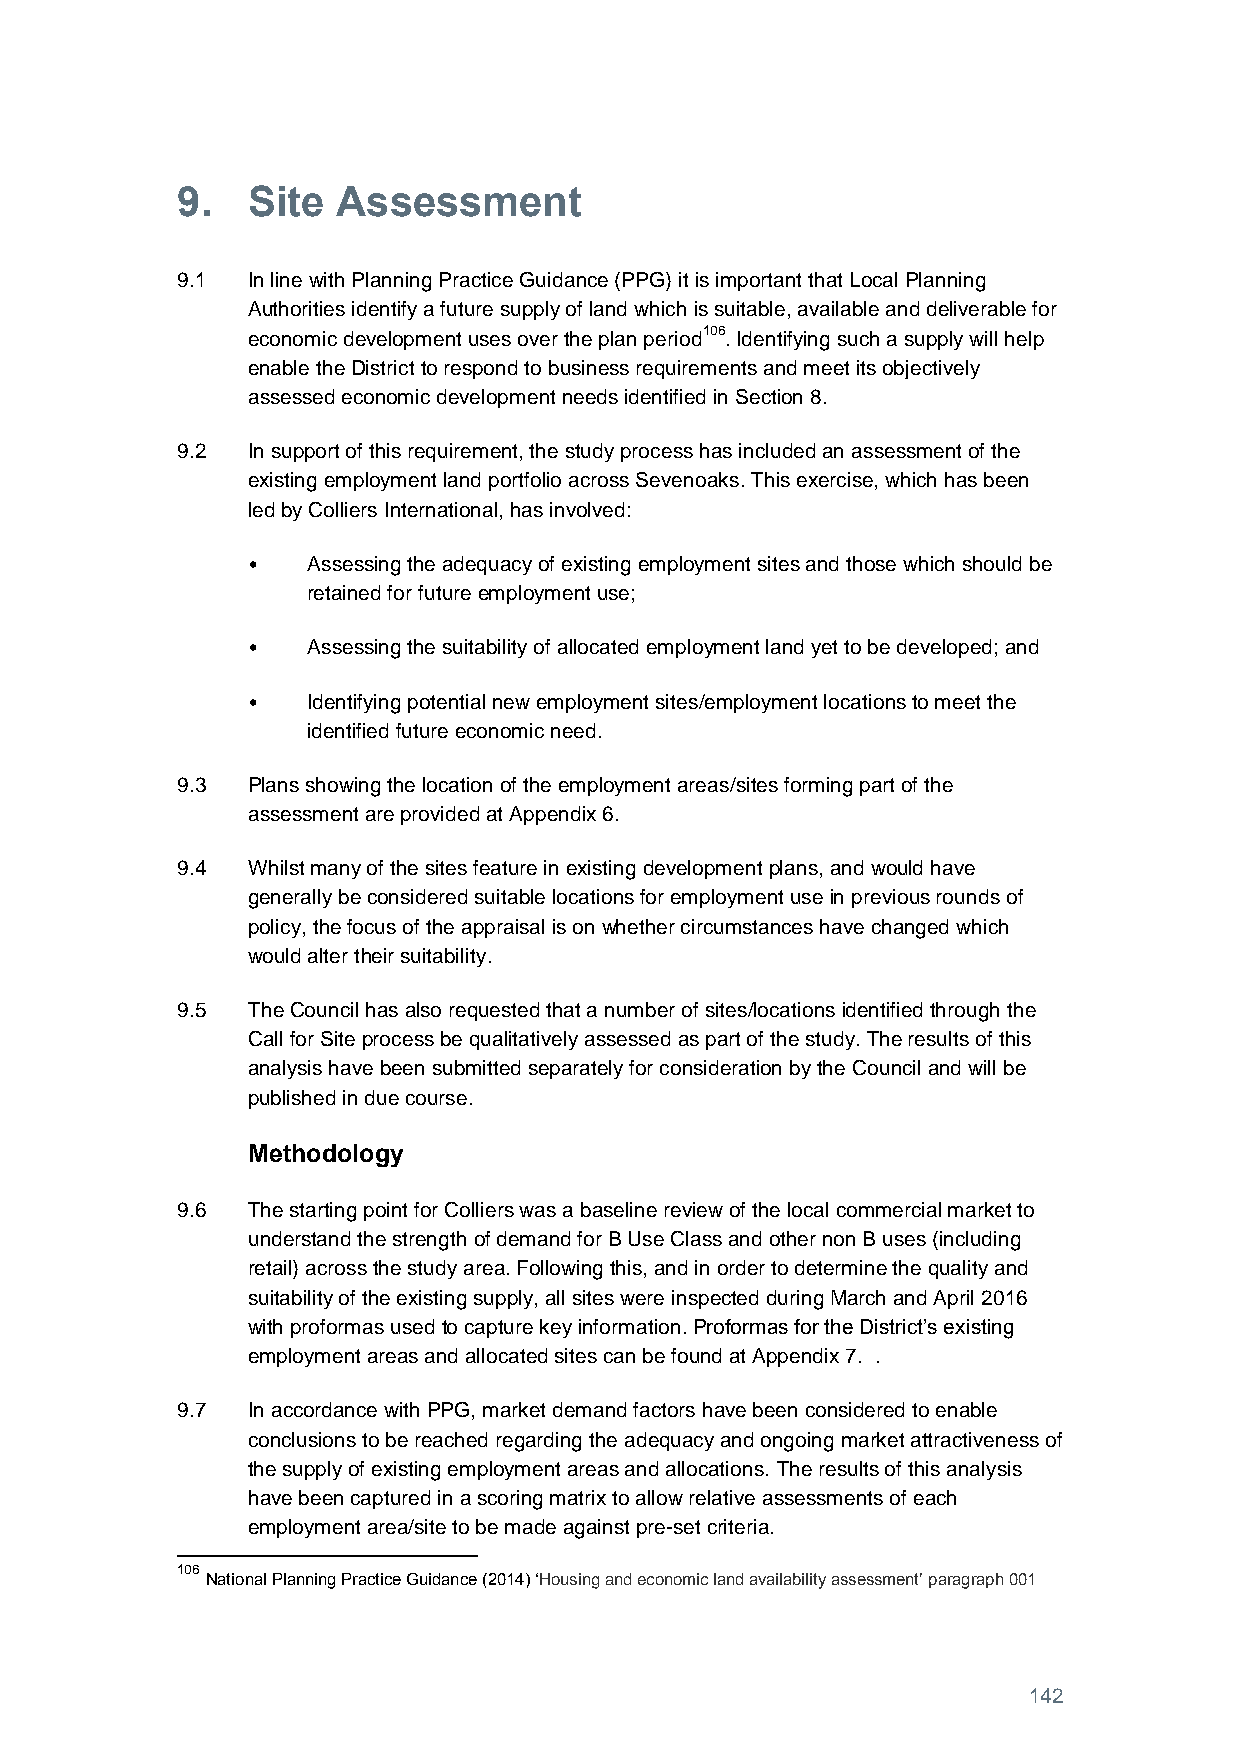
9.  Site  Assessment
 9.1 In line with Planning Practice Guidance (PPG) it is important that Local Planning
 Authorities identify a future supply of land which is suitable, available and deliverable for
 economic development uses over the plan period106. Identifying such a supply will help
 enable the District to respond to business requirements and meet its objectively
 assessed economic development needs identified in Section 8.
 9.2 In support of this requirement, the study process has included an assessment of the
 existing employment land portfolio across Sevenoaks. This exercise, which has been
 led by Colliers International, has involved:
 •   Assessing the adequacy of existing employment sites and those which should be
 retained for future employment use;
 •   Assessing the suitability of allocated employment land yet to be developed; and
 •   Identifying potential new employment sites/employment locations to meet the
 identified future economic need.
 9.3 Plans showing the location of the employment areas/sites forming part of the
 assessment are provided at Appendix 6.
 9.4 Whilst many of the sites feature in existing development plans, and would have
 generally be considered suitable locations for employment use in previous rounds of
 policy, the focus of the appraisal is on whether circumstances have changed which
 would alter their suitability.
 9.5 The Council has also requested that a number of sites/locations identified through the
 Call for Site process be qualitatively assessed as part of the study. The results of this
 analysis have been submitted separately for consideration by the Council and will be
 published in due course.
 Methodology
 9.6 The starting point for Colliers was a baseline review of the local commercial market to
 understand the strength of demand for B Use Class and other non B uses (including
 retail) across the study area. Following this, and in order to determine the quality and
 suitability of the existing supply, all sites were inspected during March and April 2016
 with proformas used to capture key information. Proformas for the District’s existing
 employment areas and allocated sites can be found at Appendix 7. .
 9.7 In accordance with PPG, market demand factors have been considered to enable
 conclusions to be reached regarding the adequacy and ongoing market attractiveness of
 the supply of existing employment areas and allocations. The results of this analysis
 have been captured in a scoring matrix to allow relative assessments of each
 employment area/site to be made against pre-set criteria.
 106
 National Planning Practice Guidance (2014) ‘Housing and economic land availability assessment’ paragraph 001
 142